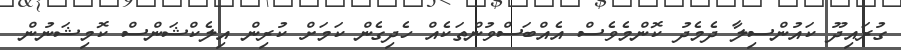
ގުރައިދޫ ކައުންސިލާ ދެމެދު ކޮންމެވެސް އެއްބަސްވުންތަކެއް ހެދިގެން ކަމަށް ކުރިން އިލެކްޝަންސް ކޮމިޝަނުން